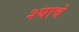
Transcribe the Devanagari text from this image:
श्यावं